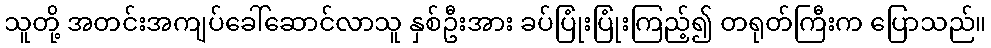
သူတို့ အတင်းအကျပ်ခေါ်ဆောင်လာသူ နှစ်ဦးအား ခပ်ပြုံးပြုံးကြည့်၍ တရုတ်ကြီးက ပြောသည်။